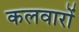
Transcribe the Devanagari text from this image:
कलवारों